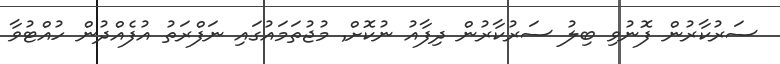
ސަރުކާރުން ފޮނުވި ބިލު ސަރުކާރުން ދިފާއު ނުކޮށް